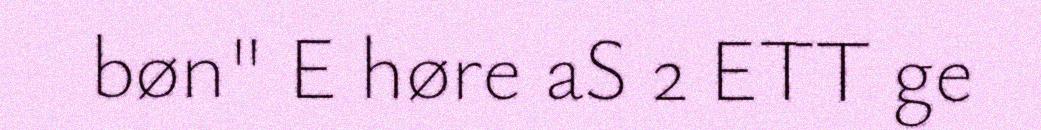
bøn" E høre aS 2 ETT ge